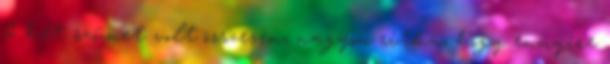
2 hét szünet volt összesen, nagyon ritka, hogy ennyire